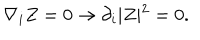
\nabla _ { i } Z = 0 \rightarrow \partial _ { i } \vert Z \vert ^ { 2 } = 0 .